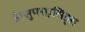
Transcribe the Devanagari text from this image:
है।सुपरएसिड्स